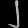
Digit: ၂